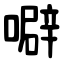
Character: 噼